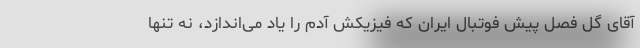
آقای گل فصل پیش فوتبال ایران که فیزیکش آدم را یاد می‌اندازد، نه تنها